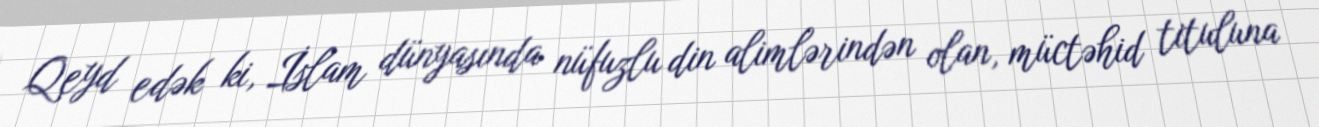
Qeyd edək ki, İslam dünyasında nüfuzlu din alimlərindən olan, müctəhid tituluna